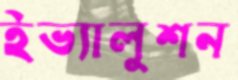
ইভ্যালুশন